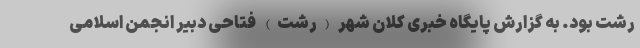
رشت بود. به گزارش پایگاه خبری کلان شهر (رشت) فتاحی دبیر انجمن اسلامی